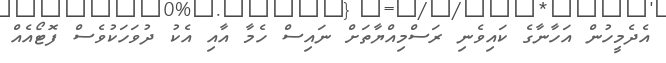
އެދެމީހުން އަހާނާގެ ކައިވެނި ރަސްމިއްޔާތަށް ނައިސް ހެމާ އާއި އެކު ދުވަހަކުވެސް ފޮޓޯއެއް